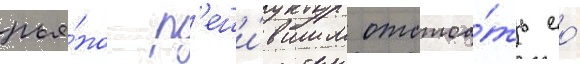
рья́но р'еши́вшим отстоа́ть ео́